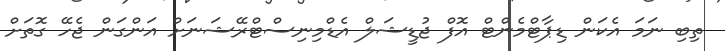
ތިބި ނަމަ އެކަން ޑިޕާޓްމެންޓް އޮފް ޖުޑީޝަލް އެޑްމިނިސްޓްރޭޝަނަށް އަންގަން ޖެހޭ ގޮތަށް